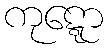
ကုဋ္ဋော